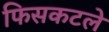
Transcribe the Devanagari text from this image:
फिसकटले